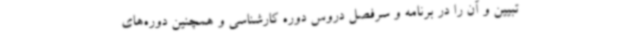
تبیین و آن را در برنامه و سرفصل دروس دوره کارشناسی و همچنین دوره‌های